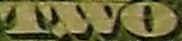
TWO